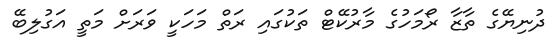
ދުނިޔޭގެ ތާޒާ ރޯމަހުގެ މާރުކޭޓް ތަކުގައި ރަތް މަހަކީ ވަރަށް މަތީ އަގުލިބޭ